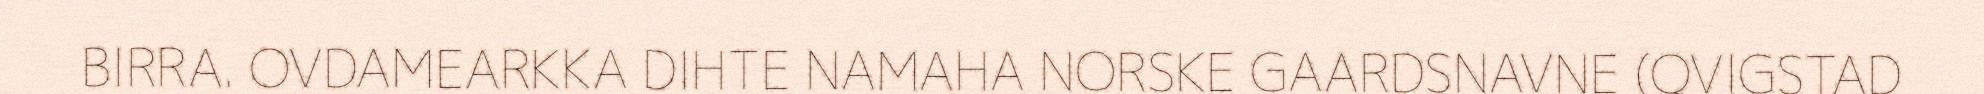
BIRRA. OVDAMEARKKA DIHTE NAMAHA NORSKE GAARDSNAVNE (QVIGSTAD